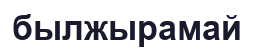
былжырамай